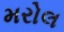
મરોલ